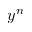
y ^ { n }